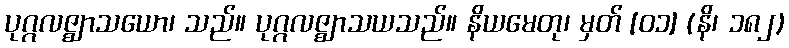
ပုဂ္ဂလဇ္ဈာသယော၊ သည်။ ပုဂ္ဂလဇ္ဈာသယသည်။ နိယမေတု၊ မှတ် [၀၁] (နိ၊ ၁၈၂)